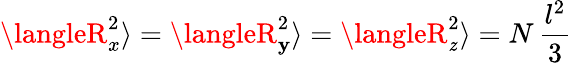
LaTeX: \langleR_{x}^{2}\rangle=\langleR_{\mathbf{y}}^{2}\rangle=\langleR_{\mathit{z}}^{2}\rangle=N\, {\frac{{l^{2}}}{{3}}}